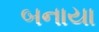
બનાયા